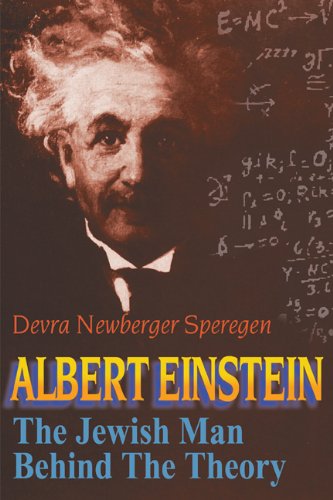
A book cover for Albert Einstein: The Jewish Man Behind the Theory; Devra Newberger Speregen; Teen & Young Adult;